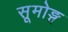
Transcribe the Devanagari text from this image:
सूमोङ्ग